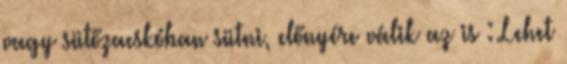
vagy sütőzacskóban sütni, előnyére válik az is : Lehet